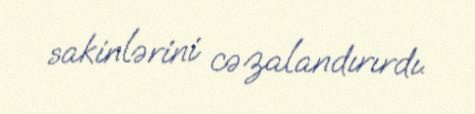
sakinlərini cəzalandırırdı.